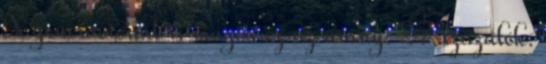
X generációnál is magas ez az arány: 27 százalék.